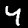
Digit: 4